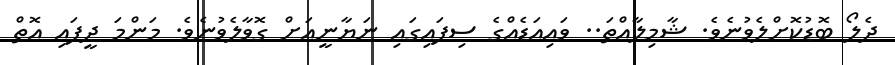
ދެލޯ ބޮޑުކޮށްލެވުނެވެ. ޝާމިލާއްތަ.. ވައިއަޑެއްގެ ސިފައިގައި ނަޔާނީއަށް ގޮވާލެވުނެވެ. މަންމަ ދީފައި އޮތް